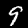
Digit: 9